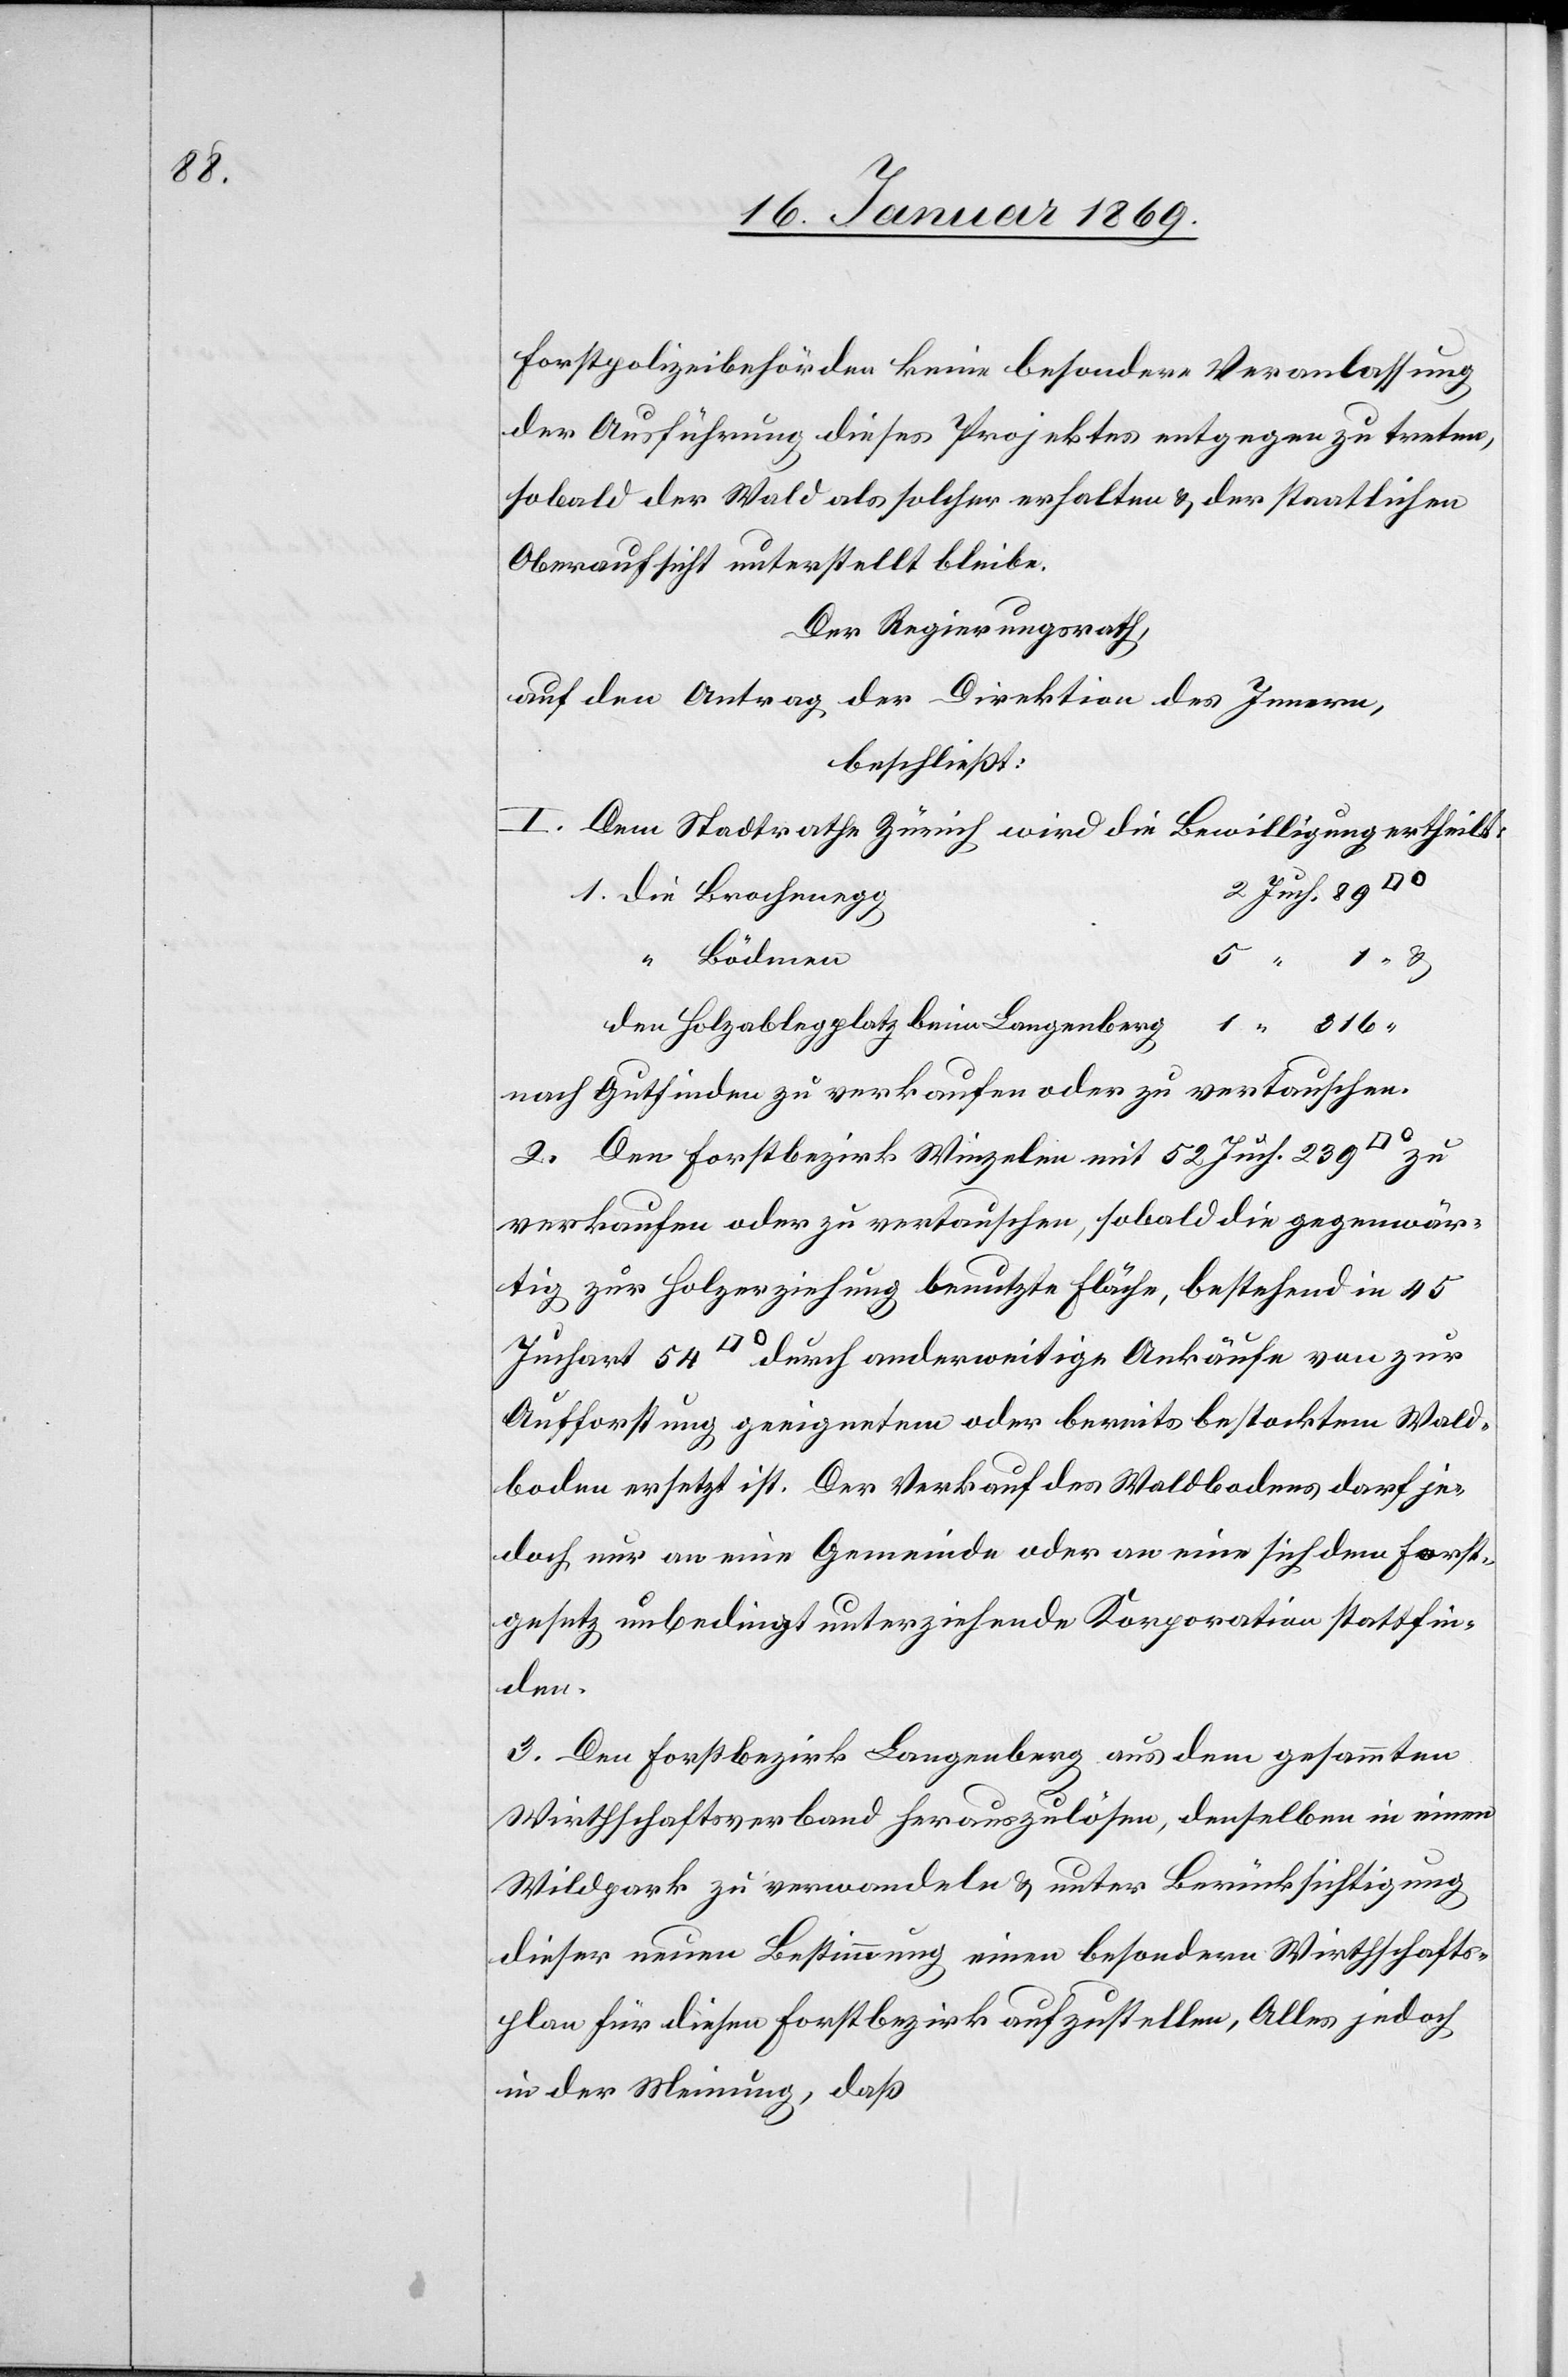
u.

Forstpolizeibehörden keine besondere Veranlassung,
der Ausführung dieses Projektes entgegen zu treten,
sobald der Wald als solcher erhalten u. der staatlichen
Oberaufsicht unterstellt bleibe.
Der Regierungsrath,
auf den Antrag der Direktion des Innern,
beschließt:
I. Dem Stadtrathe Zürich wird die Bewilligung ertheilt:
Juch. 89
1. Die Brochenegg		2
den Holzablegeplatz beim Langenberg		1 “ 316
nach Gutfinden zu verkaufen oder zu vertauschen.
2. Den Forstbezirk Winzelen mit 52 Juch. 239
verkaufen oder zu vertauschen, sobald die gegenwär¬
tig zur Holzerziehung benutzte Fläche, bestehend in 45
Juchart 54 [Quadrat]° durch anderweitige Ankäufe von zur
Aufforstung geeignetem oder bereits bestockten Wald¬
boden ersetzt ist. Der Verkauf des Waldbodens darf je¬
doch nur an eine Gemeinde oder an eine sich dem Forst¬
gesetz unbedingt unterziehende Korporation stattfin¬
den.
3. Den Forstbezirk Langenberg aus dem gesammten
Wirthschaftsverband herauszulösen, denselben in einen
Wildpark zu verwandeln u. unter Berücksichtigung
dieser neuen Bestimmung einen besondern Wirthschafts¬
plan für diesen Forstbezirk aufzustellen, Alles jedoch
in der Meinung, daß